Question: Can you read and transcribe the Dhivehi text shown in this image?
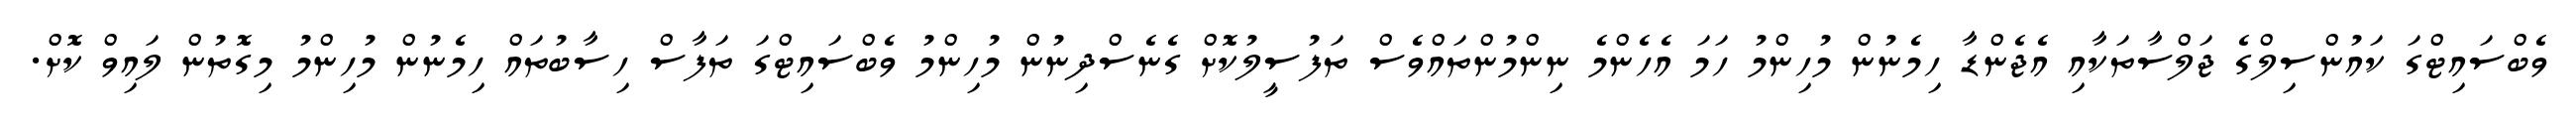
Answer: ވެބްސައިޓްގަ ކައުންސިލްގެ ޖަލްސާތަކާއި އެޖެންޑާ ހިމެނުން މުހިންމު ހަމަ އެހެންމެ ނިންމުންތައްވެސް ތަފުސީލުކޮށް ގެނެސްދިނުން މުހިންމު ވެބްސައިޓްގަ ތަފާސް ހިސާބުތައް ހިމެނުން މުހިންމު މިގޮތުން ލައިވް ކޮށް.